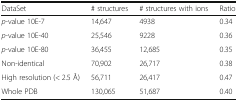
<table><thead><tr><td><b>DataSet</b></td><td><b># structures</b></td><td><b># structures with ions</b></td><td><b>Ratio</b></td></tr></thead><tbody><tr><td><i>p</i>-value 10E-7</td><td>14,647</td><td>4938</td><td>0.34</td></tr><tr><td><i>p</i>-value 10E-40</td><td>25,546</td><td>9228</td><td>0.36</td></tr><tr><td><i>p</i>-value 10E-80</td><td>36,455</td><td>12,685</td><td>0.35</td></tr><tr><td>Non-identical</td><td>70,902</td><td>26,717</td><td>0.38</td></tr><tr><td>High resolution (&lt; 2.5 Å)</td><td>56,711</td><td>26,417</td><td>0.47</td></tr><tr><td>Whole PDB</td><td>130,065</td><td>51,687</td><td>0.40</td></tr></tbody></table>